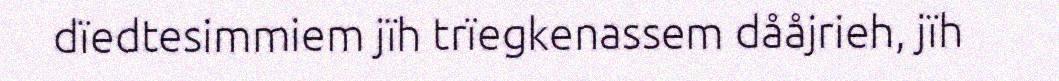
dïedtesimmiem jïh trïegkenassem dååjrieh, jïh